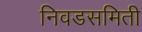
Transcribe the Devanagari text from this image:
निवडसमिती